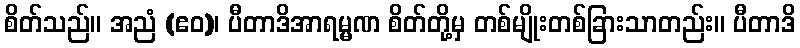
စိတ်သည်။ အညံ (ဧဝ)၊ ပီတာဒိအာရမ္မဏ စိတ်တို့မှ တစ်မျိုးတစ်ခြားသာတည်း။ ပီတာဒိ